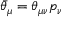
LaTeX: \bar { \theta } _ { \mu } = \theta _ { \mu \nu } p _ { \nu }